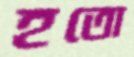
হতো